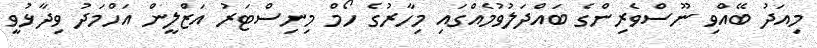
މިއަދު ބޭއްވި ނޫސްވެރިންގެ ބައްދަލުވުމެއްގައި މިހާރުގެ ހޯމް މިނިސްޓަރު އަޒްލީން އަހްމަދު ވިދާޅުވީ